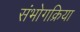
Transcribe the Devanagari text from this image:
संभोगक्रिया